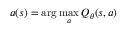
a ( s ) = \arg \operatorname* { m a x } _ { a } Q _ { \theta } ( s , a )